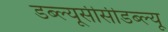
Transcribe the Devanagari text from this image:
डब्ल्यूसीसीडब्ल्यू